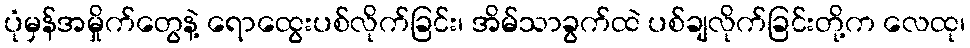
ပုံမှန်အမှိုက်တွေနဲ့ ရောထွေးပစ်လိုက်ခြင်း၊ အိမ်သာခွက်ထဲ ပစ်ချလိုက်ခြင်းတို့က လေထု၊